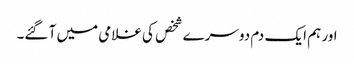
اور ہم ایک دم دوسرے شخص کی غلامی میں آ گئے۔